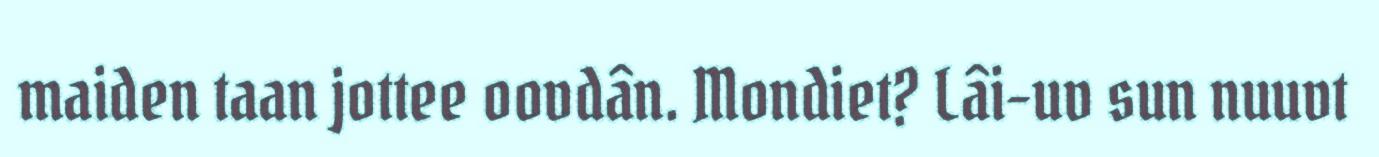
maiden taan jottee oovdân. Mondiet? Lâi-uv sun nuuvt